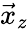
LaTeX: \vec{x}_{z}